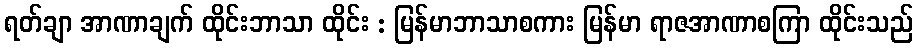
ရတ်ချာ အာဏာချက် ထိုင်းဘာသာ ထိုင်း : မြန်မာဘာသာစကား မြန်မာ ရာဇအာဏာစကြာ ထိုင်းသည်